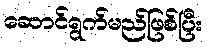
ဆောင်ရွက်မည်ဖြစ်ပြီး